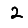
Digit: 2